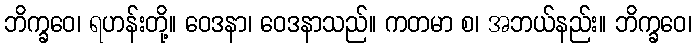
ဘိက္ခဝေ၊ ရဟန်းတို့။ ဝေဒနာ၊ ဝေဒနာသည်။ ကတမာ စ၊ အဘယ်နည်း။ ဘိက္ခဝေ၊